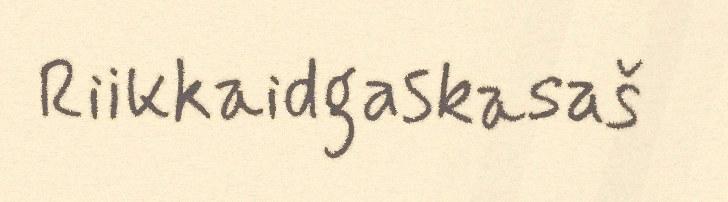
Riikkaidgaskasaš